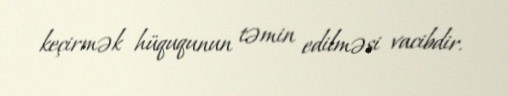
keçirmək hüququnun təmin edilməsi vacibdir.